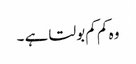
وہ کم کم بولتا ہے ۔